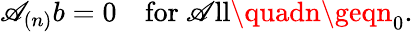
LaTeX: \mathscr{A}_{(n)}b=0\quad\mathrm{{for~\mathscr{A}ll}}\quadn\geqn_{0}.